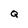
Character: Q